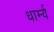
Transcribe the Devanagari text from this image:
धार्म्य